Lunatic asylums in Bengal annual reports 1912-1924 - 1912-1924
Year: 1912
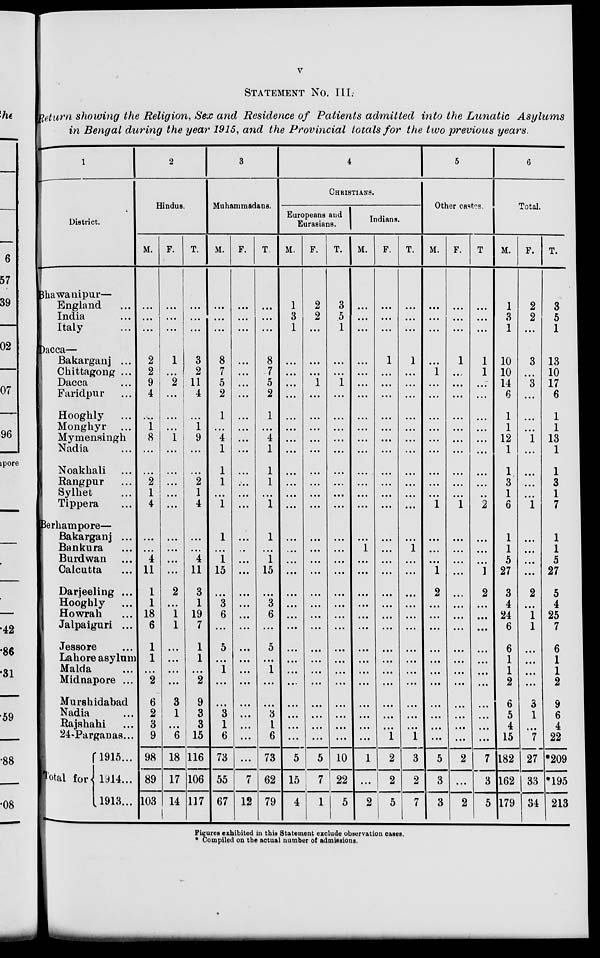
v
STATEMENT No. III.
Return showing the Religion, Sex and Residence of Patients admitted into the Lunatic
Asylums
in Bengal during the year 1915, and the Provincial totals for the two previous years.
1
District.
Bhawanipur—
England ...
India ...
Italy ...
Dacca—
Bakarganj ...
Chittagong ...
Dacca ...
Faridpur ...
Hooghly ...
Monghyr ...
Mymensingh
Nadia ...
Noakhali ...
Rangpur ...
Sylhet ...
Tippera ...
Berhampore—
Bakarganj ...
Bankura ...
Burdwan ...
Calcutta ...
Darjeeling ...
Hooghly ...
Howrah ...
Jalpaiguri ...
Jessore ...
Lahore asylum
Malda ...
Midnapore ...
Murshidabad
Nadia ...
Rajshahi ...
24-Parganas...
Total for
1915...
1914...
1913...
2
Hindus.
M.
...
...
...
2
2
9
4
...
1
8
...
...
2
1
4
...
...
4
11
1
1
18
6
1
1
...
2
6
2
3
9
98
89
103
F.
...
...
...
1
...
2
...
...
...
1
...
...
...
...
...
...
...
...
...
2
...
1
1
...
...
...
...
3
1
...
6
18
17
14
T.
...
...
...
3
2
11
4
...
1
9
...
...
2
1
4
...
... 4
11
3
1
19
7
1
1
...
2
9
3
3
15
116
106
117
3
Muhammadans.
M.
...
...
...
8
7
5
2
1
...
4
1
1
1
...
1
1
...
1
15
...
3
6
...
5
...
1
...
...
3
1
6
73
55
67
F.
...
...
...
...
...
...
...
...
...
...
...
...
...
...
...
...
...
...
...
...
...
...
...
...
...
...
...
...
...
...
...
...
7
12
T.
...
...
...
8
7
5
2
1
...
4
1
1
1
...
1
1
...
1
15
...
3
6
...
5
...
1
...
...
3
1
6
73
62
79
4
CHRISTIANS.
Europeans and
Eurasians.
M.
1
3
1
...
...
...
...
...
...
...
...
...
...
...
...
...
...
...
...
...
...
...
...
...
...
...
...
...
...
...
...
5
15
4
F.
2
2
...
...
...
1
...
...
...
...
...
...
...
...
...
...
...
...
...
...
...
...
...
...
...
...
...
...
...
...
...
5
7
1
T.
3
5
1
...
...
1
...
...
...
...
...
...
...
...
...
...
...
...
...
...
...
...
...
...
...
...
...
...
...
...
...
10
22
5
Indians.
M.
...
...
...
...
...
...
...
...
...
...
...
...
...
...
...
...
1
...
...
...
...
...
...
...
...
...
...
...
...
...
...
1
...
2
F.
...
...
...
1
...
...
...
...
...
...
...
...
...
...
...
...
...
...
...
...
...
...
...
...
...
...
...
...
...
...
1
2
2
5
T.
...
...
...
1
...
...
...
...
...
...
...
...
...
...
...
... 1
...
...
...
...
...
...
...
...
...
...
...
...
...
1
3
2
7
5
Other castes.
M.
...
...
...
...
1
...
...
...
...
...
...
...
...
...
1
...
...
...
1
2
...
...
...
...
...
...
...
...
...
...
...
5
3
3
F.
...
...
...
1
...
...
...
...
...
...
...
...
...
...
1
...
...
...
...
...
...
...
...
...
...
...
...
...
...
...
...
2
...
2
T.
...
...
...
1
1
...
...
...
...
...
...
...
...
...
2
...
...
...
1
2
...
...
...
...
...
...
...
...
...
...
...
7
3
5
6
Total.
M.
1
3
1
10
10
14
6
1
1
12
1
1
3
1
6
1
1
5
27
3
4
24
6
6
1
1
2
6
5
4
15
182
162
179
F.
2
2
...
3
...
3
...
...
...
1
...
...
...
...
1
...
...
...
...
2
...
1
1
...
...
...
...
3
1
...
7
27
33
34
T.
3
5
1
13
10
17
6
1
1
13
1
1
3
1
7
1
1
5
27
5
4
25
7
6
1
1
2
9
6
4
22
*209
*195
213
Figures exhibited in this Statement exclude observation cases.
* Compiled on the actual number of admissions.